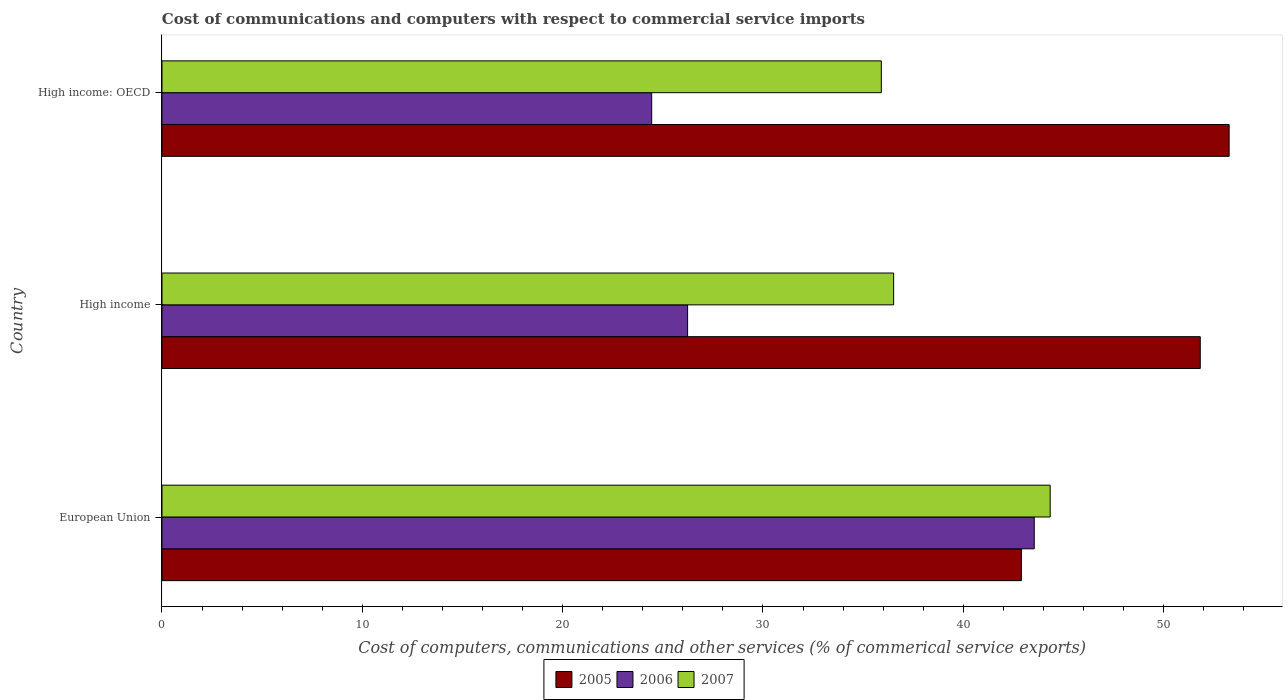
| Country | 2005 | 2006 | 2007 |
 | --- | --- | --- | --- |
 | European Union | 42.9 | 43.5 | 44.3 |
 | High income | 51.8 | 26.2 | 36.5 |
 | High income: OECD | 53.3 | 24.4 | 35.9 |